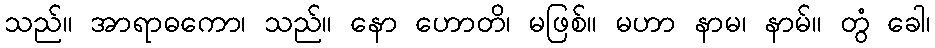
သည်။ အာရာဓကော၊ သည်။ နော ဟောတိ၊ မဖြစ်။ မဟာ နာမ၊ နာမ်။ တွံ ခေါ၊